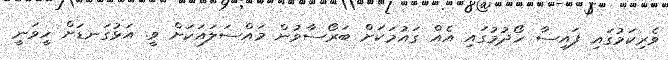
ވެރިކަމުގައި ފައިސާ ހޯދުމުގައި އެއް ގައުމަކަށް ބަރޯސާވުން މައްސަލައަކަށް ވީ. އަޅުގަނޑަށް ހީވަނީ